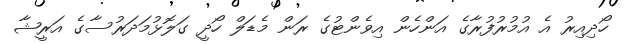
ހޯދިއިރު އެ އުމުރުފުރާގެ އަންހެން އިވެންޓުގެ ރަން މެޑަލް ހޯދީ ގަލޮޅުމަދަރުސާގެ އަރީޝާ